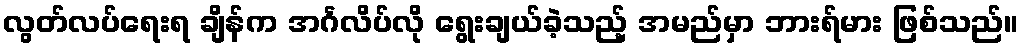
လွတ်လပ်ရေးရ ချိန်က အင်္ဂလိပ်လို ရွေးချယ်ခဲ့သည့် အမည်မှာ ဘားရ်မား ဖြစ်သည်။